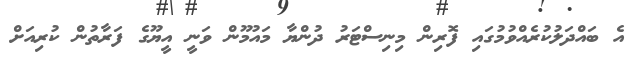
އެ ބައްދަލުކުރެއްވުމުގައި ފޮރިން މިނިސްޓަރު ދުންޔާ މައުމޫން ވަނީ އީޔޫގެ ފަރާތުން ކުރިއަށް